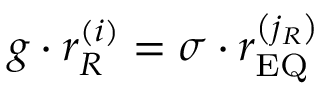
g \cdot r _ { R } ^ { \left( i \right) } = \sigma \cdot r _ { \mathrm { E Q } } ^ { \left( j _ { R } \right) }